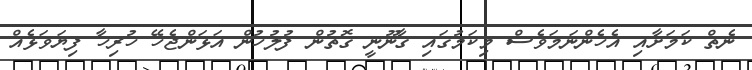
ނެތް ކަމަށާއި އެހެންނަމަވެސް މިކަމުގައި ޤާނޫނީ ގޮތުން ފުލުހުން އަޅަންޖެހޭ ހުރިހާ ފިޔަވަޅެއް